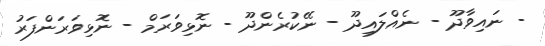
- ނައިވާދޫ - ނެއްލައިދޫ - ނޭކުރެންދޫ - ނޮޅިވަރަމް - ނޮޅިވަރަންފަރު